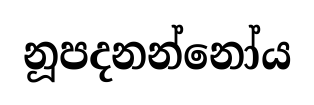
නූපදනන්නෝය